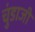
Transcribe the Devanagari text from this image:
चुंडाजी